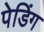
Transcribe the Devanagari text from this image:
पेडिंग